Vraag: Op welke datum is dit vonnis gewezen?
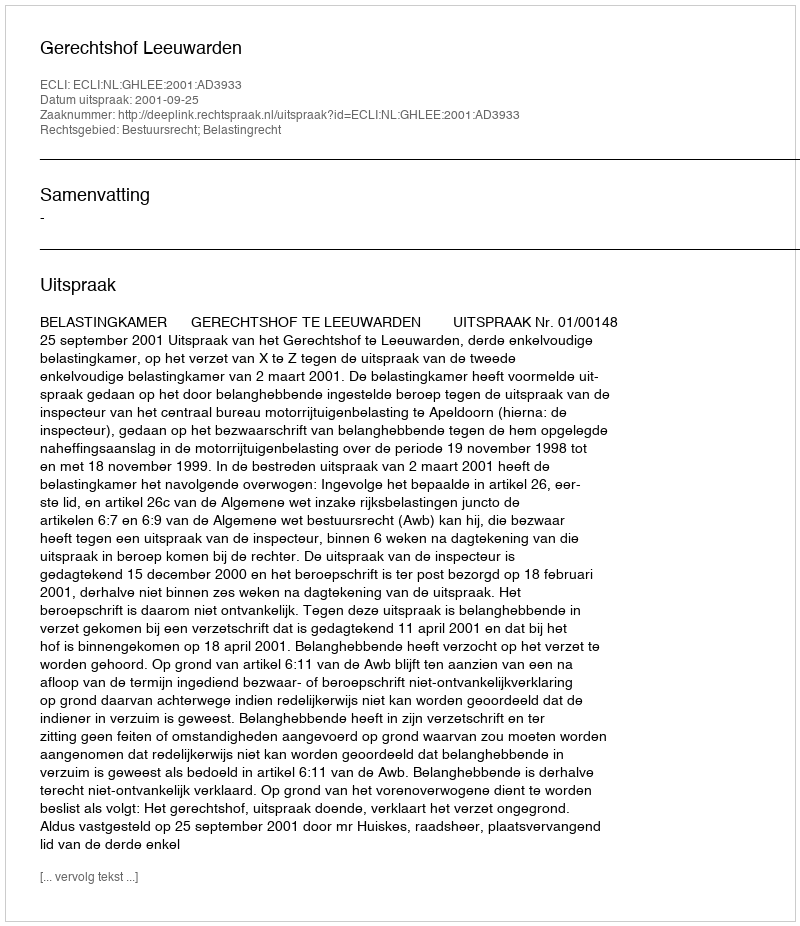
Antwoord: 2001-09-25